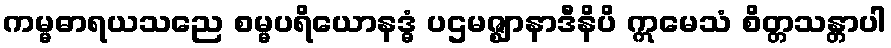
ကမ္မဓာရယသညေ စမ္မပရိယောနဒ္ဓံ ပဌမဇ္ဈာနာဒီနိပိ ဣမေသံ စိတ္တသန္တာပါ